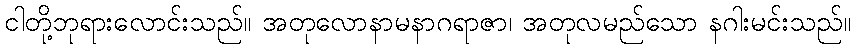
ငါတို့ဘုရားလောင်းသည်။ အတုလောနာမနာဂရာဇာ၊ အတုလမည်သော နဂါးမင်းသည်။